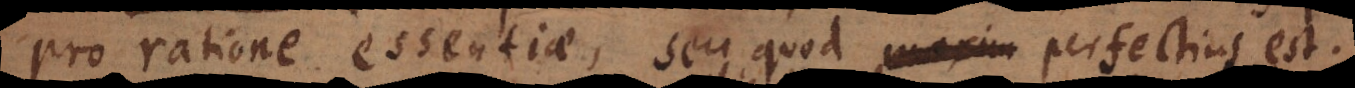
pro ratione essentiae, seu quod maxim perfectius est.